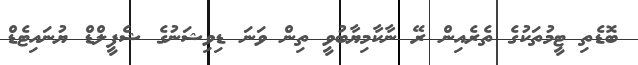
ބޮޑެތި ޓީމުތަކުގެ ތެރެއިން ރޭ ނާކާމިޔާބުވީ ތިން ވަނަ ޑިވިޝަނުގެ ޝެފީލްޑް ޔުނައިޓެޑް